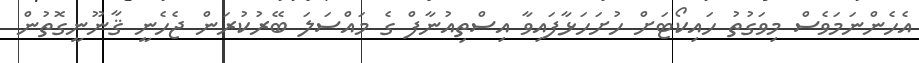
އެހެންނަމަވެސް މިވަގުތު ހައިކޯޓަށް ހުށަހަޅާފައިވާ އިސްތިއުނާފް ގެ މައްސަލަ ބޭރުކުރަން ޖެހެނީ ޤާނޫނީގޮތުން